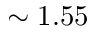
\sim 1 . 5 5